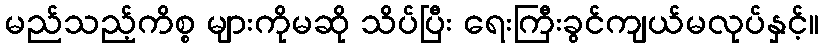
မည်သည့်ကိစ္စ များကိုမဆို သိပ်ပြီး ရေးကြီးခွင်ကျယ်မလုပ်နှင့်။